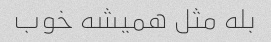
بله مثل همیشه خوب